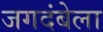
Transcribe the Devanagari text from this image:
जगदंबेला